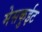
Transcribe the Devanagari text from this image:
मेसकुईट